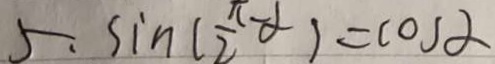
5 . \sin ( \frac { \pi } { 2 } - \alpha ) = \cos \alpha